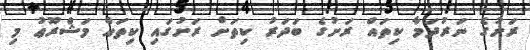
ރަށުގެ ނަރުދަމާ ކިތައް ރަށުގެ ބަދަރު ކިތަށް ރަށުގައި ކިތައް މަޝްރޫޢު މި